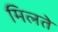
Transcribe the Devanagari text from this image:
मिलते